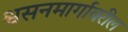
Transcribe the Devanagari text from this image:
श्वसनमार्गावरील